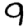
Digit: 9